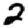
Digit: 2